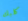
كلبك